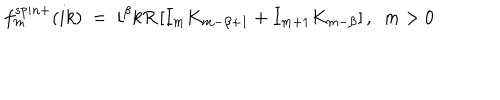
f _ { m } ^ { s p i n + } ( i k ) \ = \ i ^ { \beta } k R \left[ I _ { m } K _ { m - \beta + 1 } + I _ { m + 1 } K _ { m - \beta } \right] , \ \ m > 0